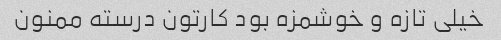
خیلی تازه و خوشمزه بود کارتون درسته ممنون